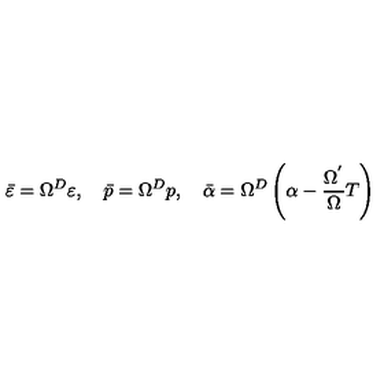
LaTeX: \bar { \varepsilon } = \Omega ^ { D } \varepsilon , \quad \bar { p } = \Omega ^ { D } p , \quad \bar { \alpha } = \Omega ^ { D } \left( \alpha - \frac { \Omega ^ { ^ { \prime } } } \Omega T \right)